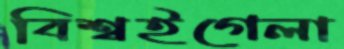
বিশ্বইগেলা